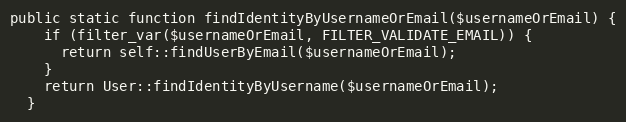
Language: PHP
public static function findIdentityByUsernameOrEmail($usernameOrEmail) {
    if (filter_var($usernameOrEmail, FILTER_VALIDATE_EMAIL)) {
      return self::findUserByEmail($usernameOrEmail);
    }
    return User::findIdentityByUsername($usernameOrEmail);
  }